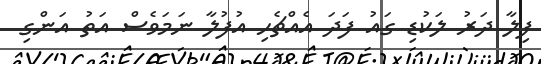
ފިލާ ދަރު ލަކުޑި ގައު ފަދަ އެއްޗެހި އުފުލާ ނަމަވެސް އަތު އަންގި